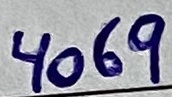
Text: 4069